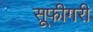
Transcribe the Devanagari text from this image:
सूफीगरी